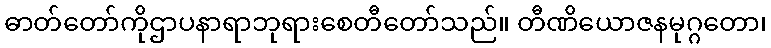
ဓာတ်တော်ကိုဌာပနာရာဘုရားစေတီတော်သည်။ တီဏိယောဇနမုဂ္ဂတော၊